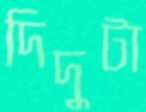
দিদুটা